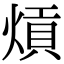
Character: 熕